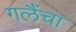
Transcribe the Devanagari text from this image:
गलैंचा